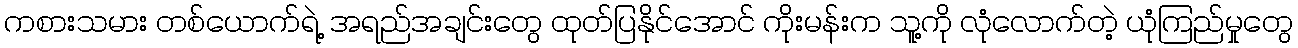
ကစားသမား တစ်ယောက်ရဲ့ အရည်အချင်းတွေ ထုတ်ပြနိုင်အောင် ကိုးမန်းက သူ့ကို လုံလောက်တဲ့ ယုံကြည်မှုတွေ